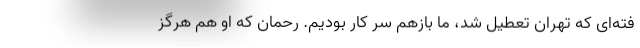
فته‌ای که تهران تعطیل شد، ما بازهم سر کار بودیم. رحمان که او هم هرگز